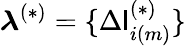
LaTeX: \boldsymbol{\lambda}^{(*)}=\{ \Delta\mathsf{l}_{i(m)}^{(*)}\}